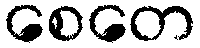
စေတေ